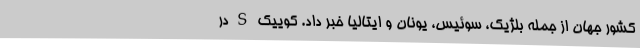
کشور جهان از جمله بلژیک، سوئیس، یونان و ایتالیا خبر داد. کوییک S در